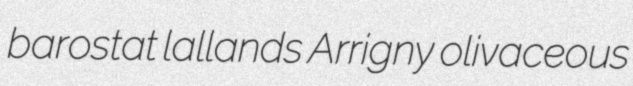
barostat lallands Arrigny olivaceous